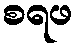
စရဖ